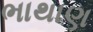
ભાથાણ